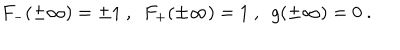
LaTeX: F _ { - } ( \pm \infty ) = \pm 1 \ , \ \ F _ { + } ( \pm \infty ) = 1 \ , \ \ g ( \pm \infty ) = 0 \ .